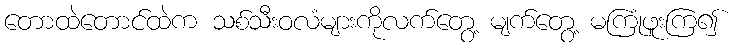
တောထဲတောင်ထဲက သစ်သီးဝလံများကိုလက်တွေ့ မျက်တွေ့ မကြုံဖူးကြ၍